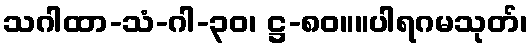
သဂါထာ-သံ-ဂါ-၃၀၊ ဋ္ဌ-၈၀။။ပါရဂမသုတ်၊